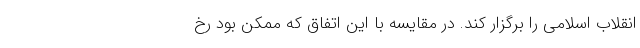
انقلاب اسلامی را برگزار کند. در مقایسه با این اتفاق که ممکن بود رخ